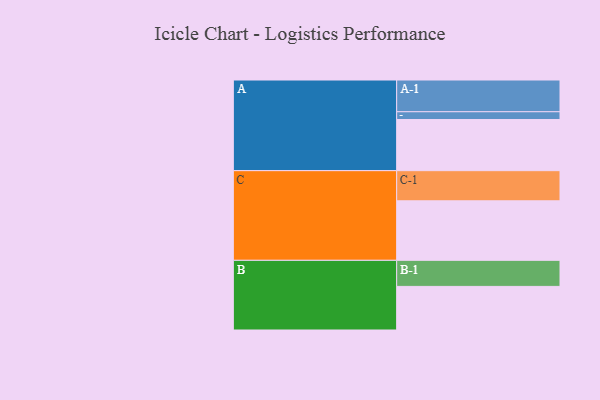
{"axis": {"x": "Segment", "y": "Value"}, "legend": ["", "A", "B", "C"], "data": [{"x": "A", "y": 414, "type": ""}, {"x": "B", "y": 353, "type": ""}, {"x": "C", "y": 482, "type": ""}, {"x": "A-1", "y": 257, "type": "A"}, {"x": "A-2", "y": 63, "type": "A"}, {"x": "B-1", "y": 211, "type": "B"}, {"x": "C-1", "y": 244, "type": "C"}]}